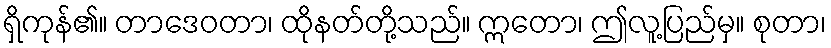
ရှိကုန်၏။ တာဒေဝတာ၊ ထိုနတ်တို့သည်။ ဣတော၊ ဤလူ့ပြည်မှ။ စုတာ၊